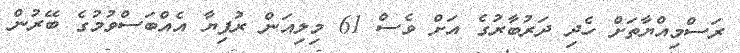
ރަސްމިއްޔާތަށް ހެދި ދަރުބާރުގެ އަށް ވެސް 61 މިލިއަން ރުފިޔާ އެއްބަސްވުމުގެ ބޭރުން